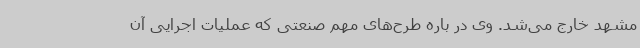
مشهد خارج می‌شد. وی در باره طرح‌های مهم صنعتی که عملیات اجرایی آن